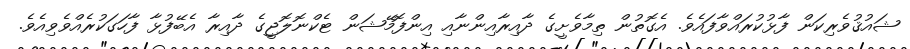
ޝައުޤުވެރިކަން ފާޅުކުރައްވާފައެވެ. އެގޮތުން ތިމާވެށީގެ ދާއިރާއިންނާއި އިންފޮމޭޝަން ޓެކްނޮލޮޖީގެ ދާއިރާ އެބޭފުޅާ ފާހަގަކުރެއްވެވިއެވެ.